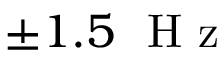
\pm 1 . 5 \ \mathrm { ~ H ~ z ~ }